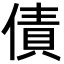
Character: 債